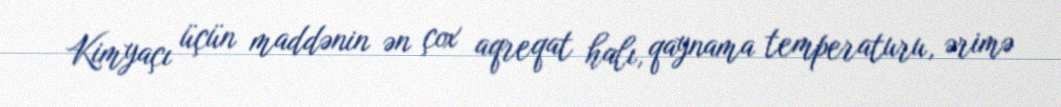
Kimyaçı üçün maddənin ən çox aqreqat halı, qaynama temperaturu, ərimə